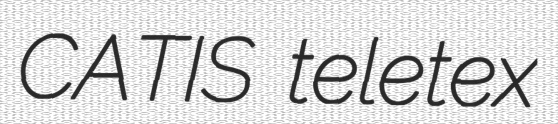
CATIS teletex